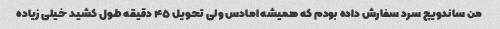
من ساندویچ سرد سفارش داده بودم که همیشه امادس ولی تحویل ۴۵ دقیقه طول کشید خیلی زیاده